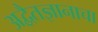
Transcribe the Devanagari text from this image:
अद्वैतज्ञानाचा